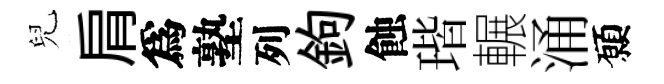
兒肩爲塾列鉤蝕瑎輾涌願